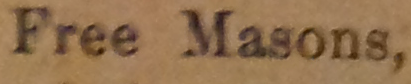
Free Masons.